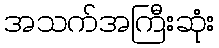
အသက်အကြီးဆုံး